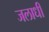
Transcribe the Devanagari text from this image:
जलाधी